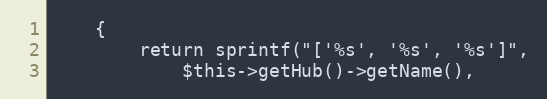
Language: PHP
    {
        return sprintf("['%s', '%s', '%s']",
            $this->getHub()->getName(),